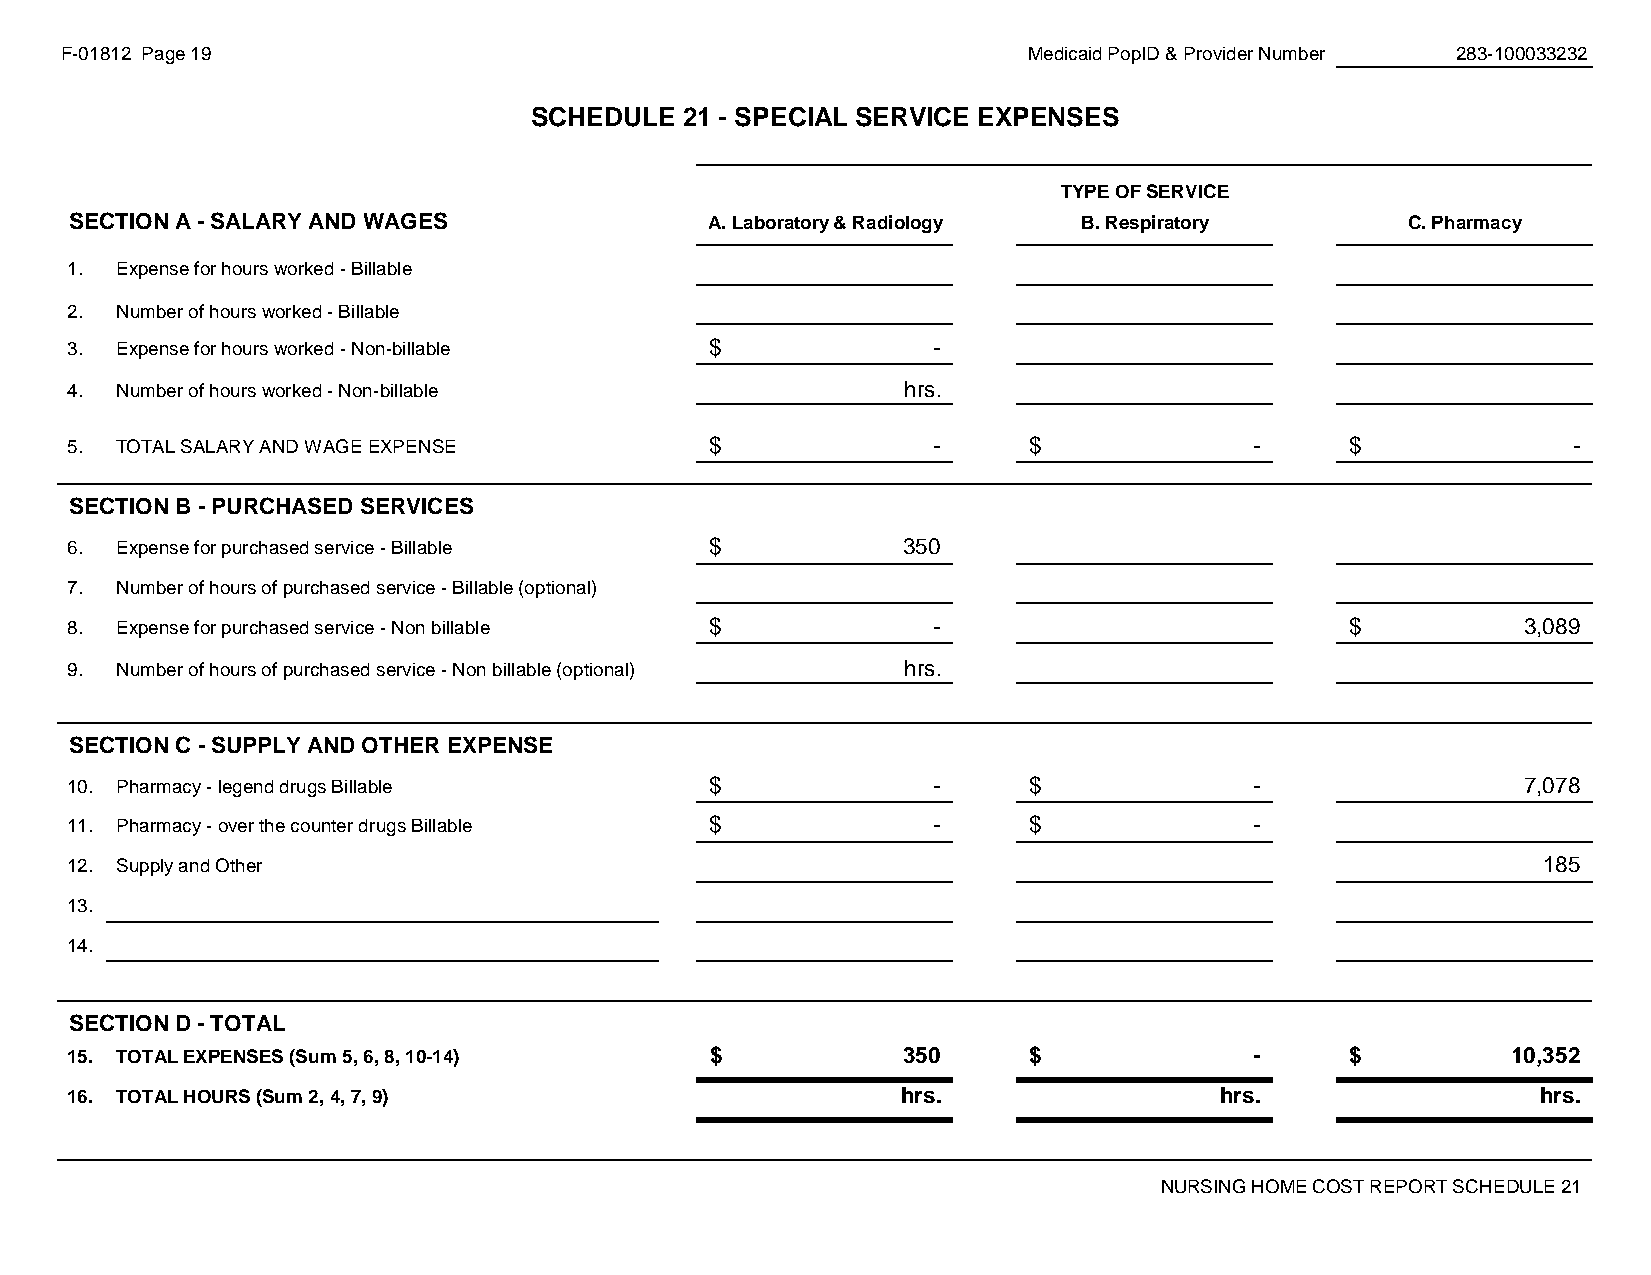
F-01812 Page 19                                                 Medicaid PopID & Provider Number 283-100033232
 SCHEDULE  21 - SPECIAL SERVICE EXPENSES
 #REF!
 TYPE OF SERVICE
 SECTION A - SALARY AND WAGES              A. Laboratory & Radiology B. Respiratory      C. Pharmacy
 1.  Expense for hours worked - Billable
 2.  Number of hours worked - Billable
 3.  Expense for hours worked - Non-billable $             -
 4.  Number of hours worked - Non-billable               hrs.
 5.  TOTAL SALARY AND WAGE EXPENSE          $              -     $              -     $              -
 SECTION B - PURCHASED SERVICES
 6.  Expense for purchased service - Billable $          3 50
 7.  Number of hours of purchased service - Billable (optional)
 8.  Expense for purchased service - Non billable $        -                          $           3 ,089
 9.  Number of hours of purchased service - Non billable (optional) hrs.
 SECTION C - SUPPLY AND OTHER EXPENSE
 10. Pharmacy - legend drugs Billable       $              -     $              -                 7 ,078
 11. Pharmacy - over the counter drugs Billable $          -     $              -
 12. Supply and Other                                                                              1 85
 13.
 14.
 SECTION D - TOTAL
 15. TOTAL EXPENSES (Sum 5, 6, 8, 10-14)    $            3 50    $              -     $          1 0,352
 16. TOTAL HOURS (Sum 2, 4, 7, 9)                        hrs.                 hrs.                 hrs.
 NURSING HOME COST REPORT SCHEDULE 21